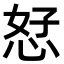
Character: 恏